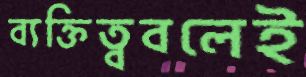
ব্যক্তিত্ববলেই